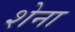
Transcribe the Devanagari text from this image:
शेना